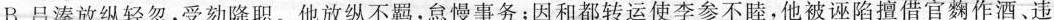
B.吕溱放纵轻忽，受劾降职。他放纵不羁，怠慢事务；因和都转运使李参不睦，他被诬陷擅借官麴作酒、违